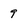
Character: 9